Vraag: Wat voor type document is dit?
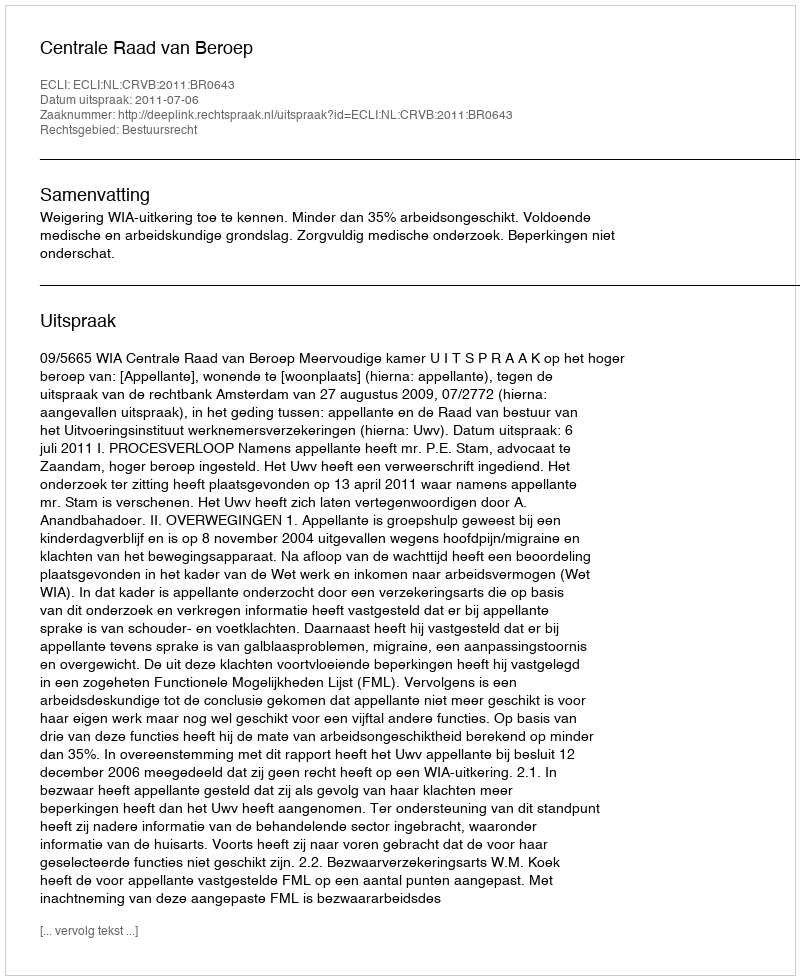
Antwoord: Uitspraak